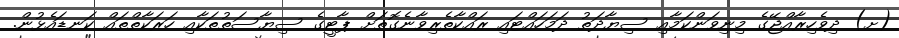
(ށ) ދިވެހިރާއްޖޭގެ މިނިވަންކަމާއި ސިޔާދަތު ދަމަހައްޓައި ރައްކާތެރިވާނެގޮތަށް ޕާޓީގެ ސިޔާސަތުތަކާއި ހަރަކާތްތައް ކަނޑައެޅުން.